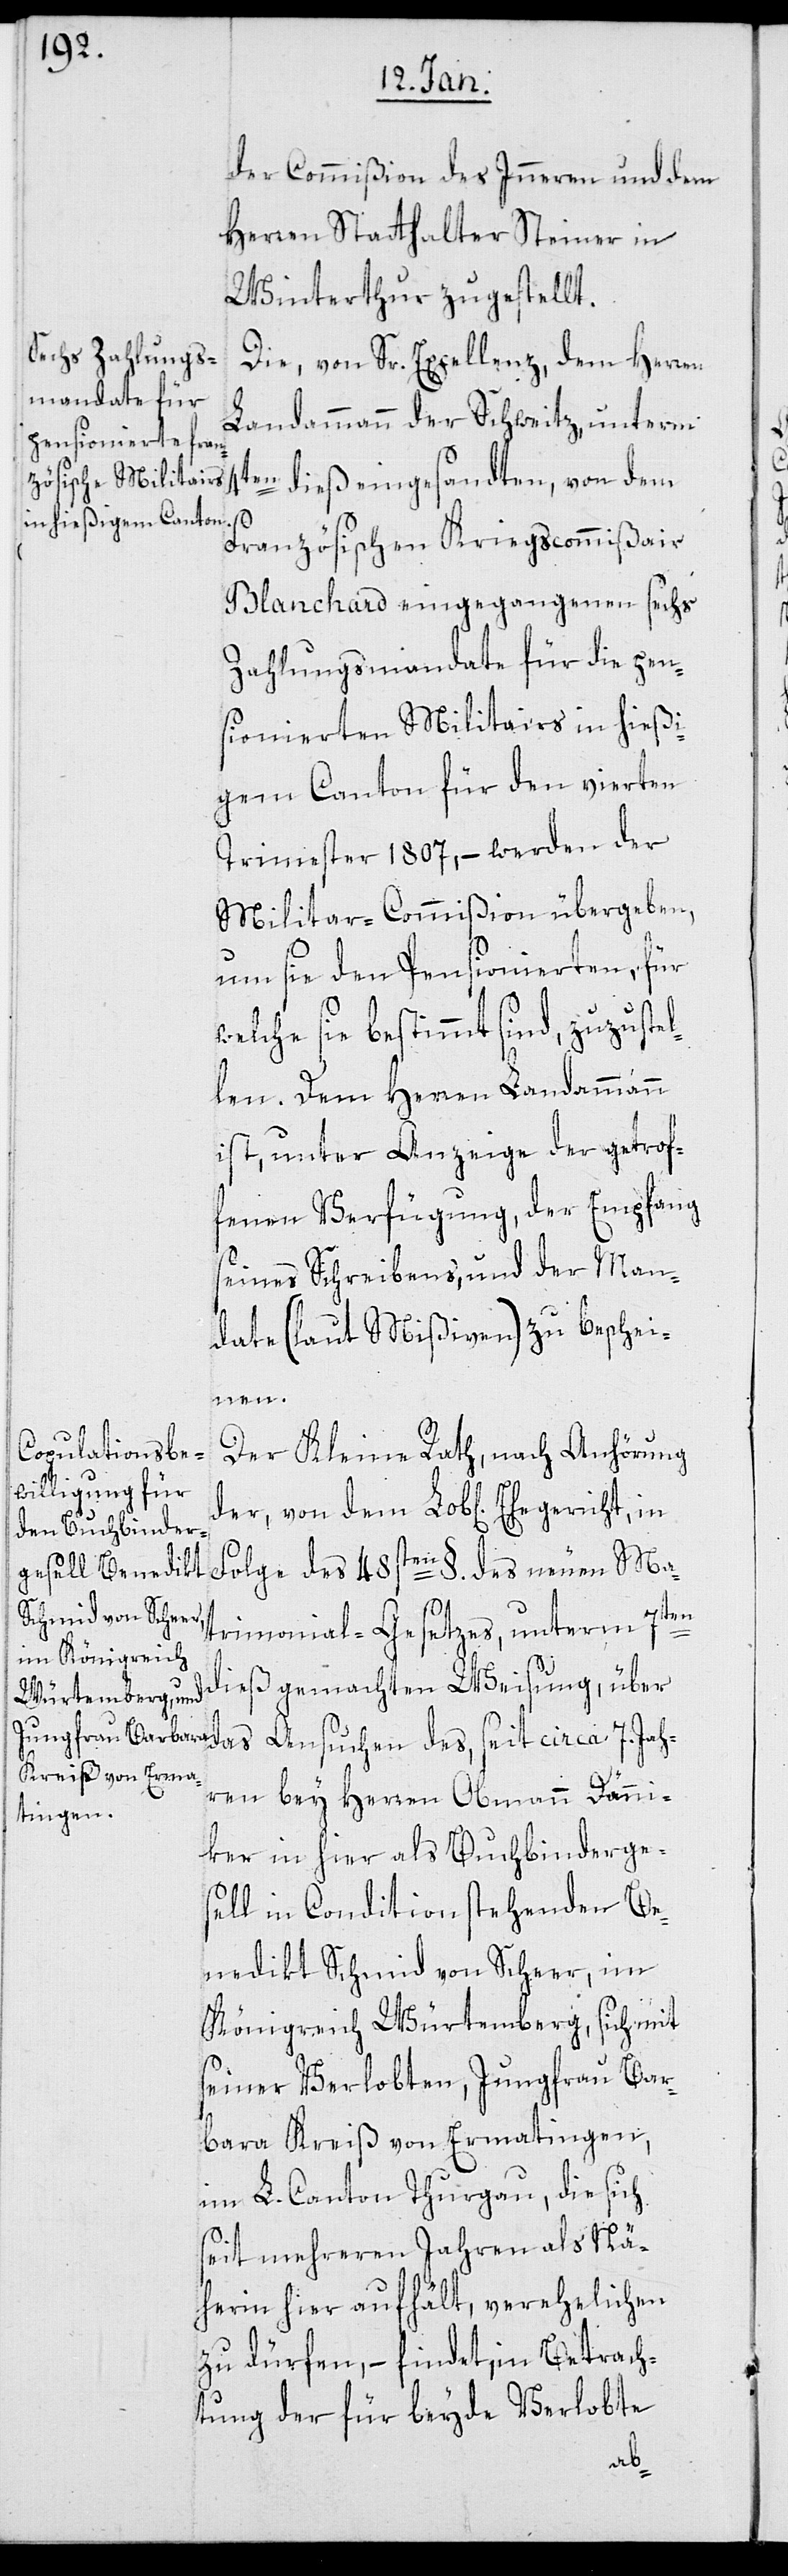
der Commißion des Inneren und dem
Herren Statthalter Steiner in
Winterthur zugestellt.
Die, von Sr. Excellenz dem Herren
Landammann der Schweitz unterm
Französischen Kriegscommißair
Blanchard eingegangenen sechs
Zahlungsmandate für die pen¬
sionierten Militairs in hießi¬
gem Canton für den vierten
Trimester 1807, – werden der
Militar-Commißion übergeben,
um sie den Pensionierten, für
welche sie bestimmt sind, zuzuste¬
llen. Dem Herren Landammann
ist, unter Anzeige der getrof¬
fenen Verfügung, der Empfang
seines Schreibens, und der Man¬
date (laut Mißiven) zu beschei¬
nen.
Der Kleine Rath, nach Anhörung
der
Folge des 48sten §. des neuen Ma¬
trimonial-Gesetzes, unterm 7ten
dieß gemachten Weisung, über
das Ansuchen des seit circa 7. Jah¬
ren bey Herren Obmann Dänni¬
ker in hier als Buchbinderge¬
sell in Condition stehender Be¬
nedikt Schmid von Scheer, im
Königreich Württemberg, sich mit
seiner Verlobten, Jungfrau Bar¬
bara Kreiß von Ermatingen,
im L. Canton Thurgau, die sich
seit mehreren Jahren als Nä¬
herin hier aufhält, verehelichen
zu dürfen, – findet in Betrach¬
tung der für beyde Verlobte